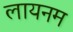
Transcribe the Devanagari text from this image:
लायनम